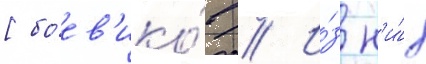
[боев'ико́в // И́з н'и́х